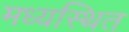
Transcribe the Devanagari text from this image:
मध्यस्थित